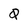
Character: Q